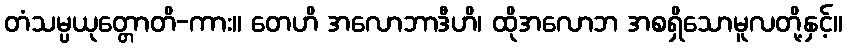
တံသမ္ပယုတ္တောတိ-ကား။ တေဟိ အလောဘာဒီဟိ၊ ထိုအလောဘ အစရှိသောမူလတို့နှင့်။